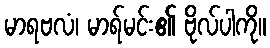
မာရဗလံ၊ မာရ်မင်း၏ ဗိုလ်ပါကို။